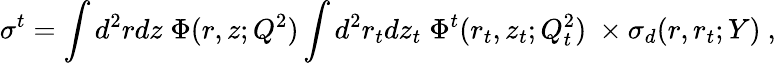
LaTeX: \sigma^{t}=\int d^{2}rdz\; \Phi(r,z;Q^{2})\int d^{2}r_{t}dz_{t}\; \Phi^{t}(r_{t},z_{t};Q_{t}^{2})\ \times\sigma_{d}(r,r_{t};Y)\ ,